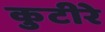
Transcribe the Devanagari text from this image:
कुटीरे